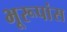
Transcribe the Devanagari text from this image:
भूरूपांस